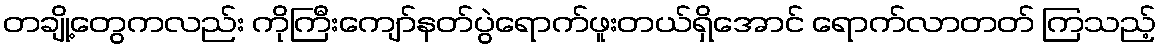
တချို့တွေကလည်း ကိုကြီးကျော်နတ်ပွဲရောက်ဖူးတယ်ရှိအောင် ရောက်လာတတ် ကြသည့်